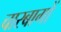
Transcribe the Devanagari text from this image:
चारबागों